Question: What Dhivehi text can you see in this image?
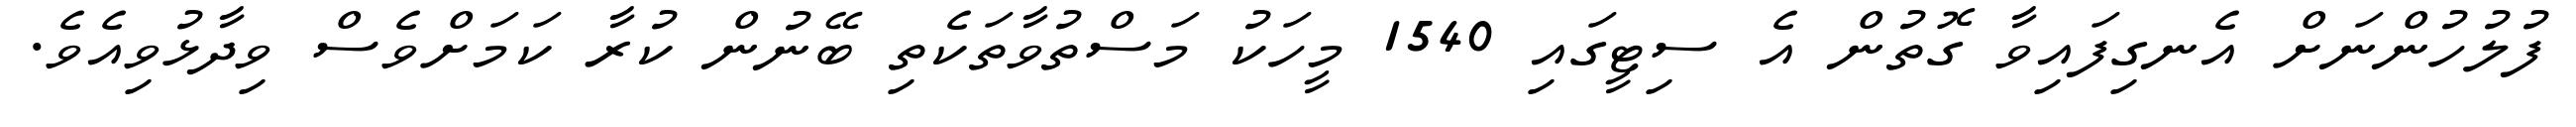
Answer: ފުލުހުންނަށް އެނގިފައިވާ ގޮތުން އެ ސިޓީގައި 1540 މީހަކު މަސްތުވާތަކެތި ބޭނުން ކުރާ ކަމަށްވެސް ވިދާޅުވިއެވެ.